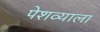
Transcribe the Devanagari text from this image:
पेशव्याला